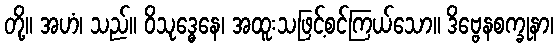
တို့။ အဟံ၊ သည်။ ဝိသုဒ္ဓေနေ၊ အထူးသဖြင့်စင်ကြယ်သော။ ဒိဗ္ဗေနစက္ခုနာ၊